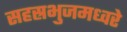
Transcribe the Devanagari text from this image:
सहस्रभुजमध्वरे